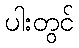
ပါးတွင်